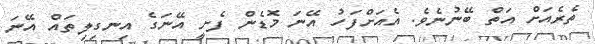
ތެރެއަށް އަތް ބޭނުނެވެ. އެއަށްފަހު އޭނަ މޮޑެން ފެށީ އޭނަގެ އިނގިލިތައް އޭނަ